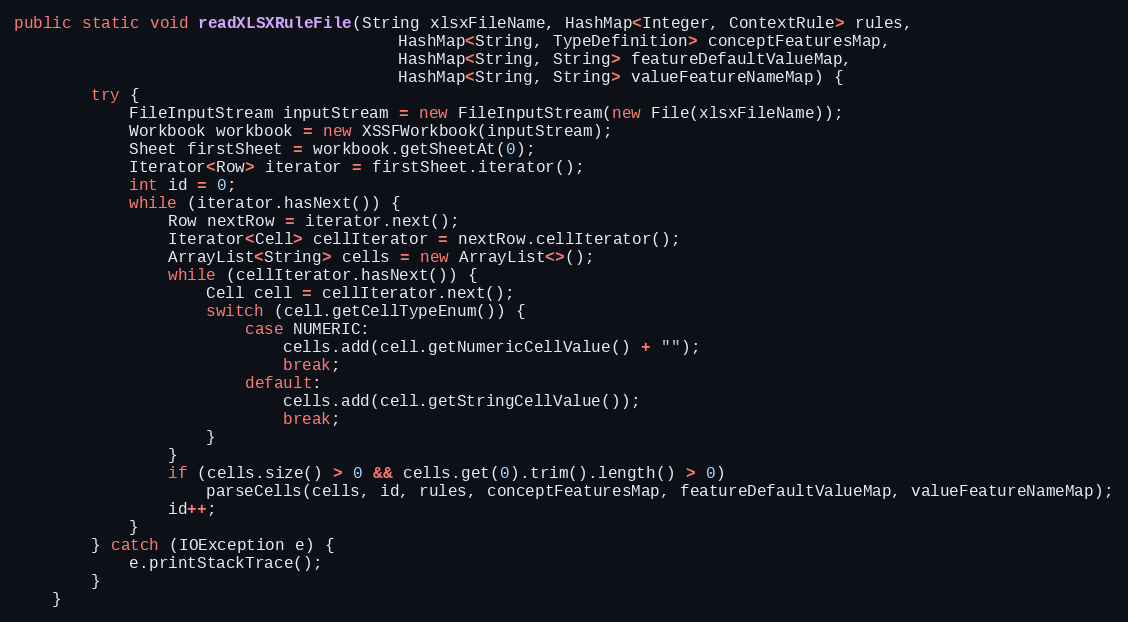
Language: Java
public static void readXLSXRuleFile(String xlsxFileName, HashMap<Integer, ContextRule> rules,
                                        HashMap<String, TypeDefinition> conceptFeaturesMap,
                                        HashMap<String, String> featureDefaultValueMap,
                                        HashMap<String, String> valueFeatureNameMap) {
        try {
            FileInputStream inputStream = new FileInputStream(new File(xlsxFileName));
            Workbook workbook = new XSSFWorkbook(inputStream);
            Sheet firstSheet = workbook.getSheetAt(0);
            Iterator<Row> iterator = firstSheet.iterator();
            int id = 0;
            while (iterator.hasNext()) {
                Row nextRow = iterator.next();
                Iterator<Cell> cellIterator = nextRow.cellIterator();
                ArrayList<String> cells = new ArrayList<>();
                while (cellIterator.hasNext()) {
                    Cell cell = cellIterator.next();
                    switch (cell.getCellTypeEnum()) {
                        case NUMERIC:
                            cells.add(cell.getNumericCellValue() + "");
                            break;
                        default:
                            cells.add(cell.getStringCellValue());
                            break;
                    }
                }
                if (cells.size() > 0 && cells.get(0).trim().length() > 0)
                    parseCells(cells, id, rules, conceptFeaturesMap, featureDefaultValueMap, valueFeatureNameMap);
                id++;
            }
        } catch (IOException e) {
            e.printStackTrace();
        }
    }